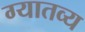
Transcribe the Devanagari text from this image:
ग्यातव्य